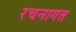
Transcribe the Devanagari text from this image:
रचनागत